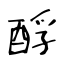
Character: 酻